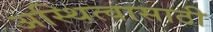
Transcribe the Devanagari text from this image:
अस्थित्वासाठी